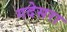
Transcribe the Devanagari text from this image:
गदेसरा